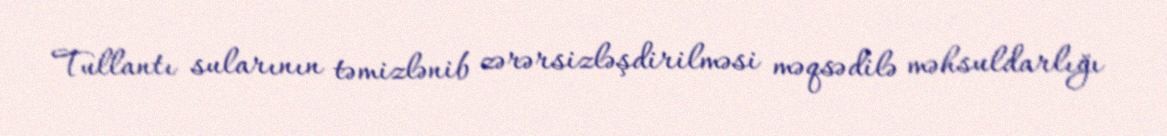
Tullantı sularının təmizlənib zərərsizləşdirilməsi məqsədilə məhsuldarlığı